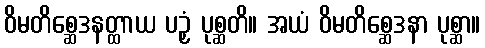
ဝိမတိစ္ဆေဒနတ္ထာယ ပဉှံ ပုစ္ဆတိ။ အယံ ဝိမတိစ္ဆေဒနာ ပုစ္ဆာ။